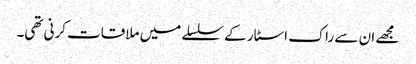
مجھے ان سے راک اسٹار کے سلسلے میں ملاقات کرنی تھی۔